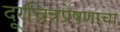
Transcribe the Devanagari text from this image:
दूरचित्रप्रेषणाचा